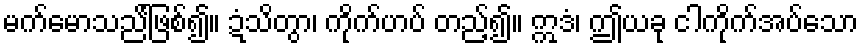
မက်မောသည်ြ်ဖစ်၍။ ဍံသိတွာ၊ ကိုက်ဟပ် တည့်၍။ ဣဒံ၊ ဤယခု ငါကိုက်အပ်သော